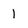
Character: 1